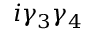
i \gamma _ { 3 } \gamma _ { 4 }